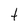
Character: t